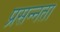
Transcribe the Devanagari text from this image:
प्रसन्‍नता